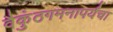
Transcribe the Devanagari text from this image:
वैकुंठगमनापर्यंचा